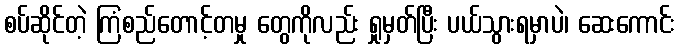
စပ်ဆိုင်တဲ့ ကြံစည်တောင့်တမှု တွေကိုလည်း ရှုမှတ်ပြီး ပယ်သွားရမှာပဲ၊ ဆေးကောင်း